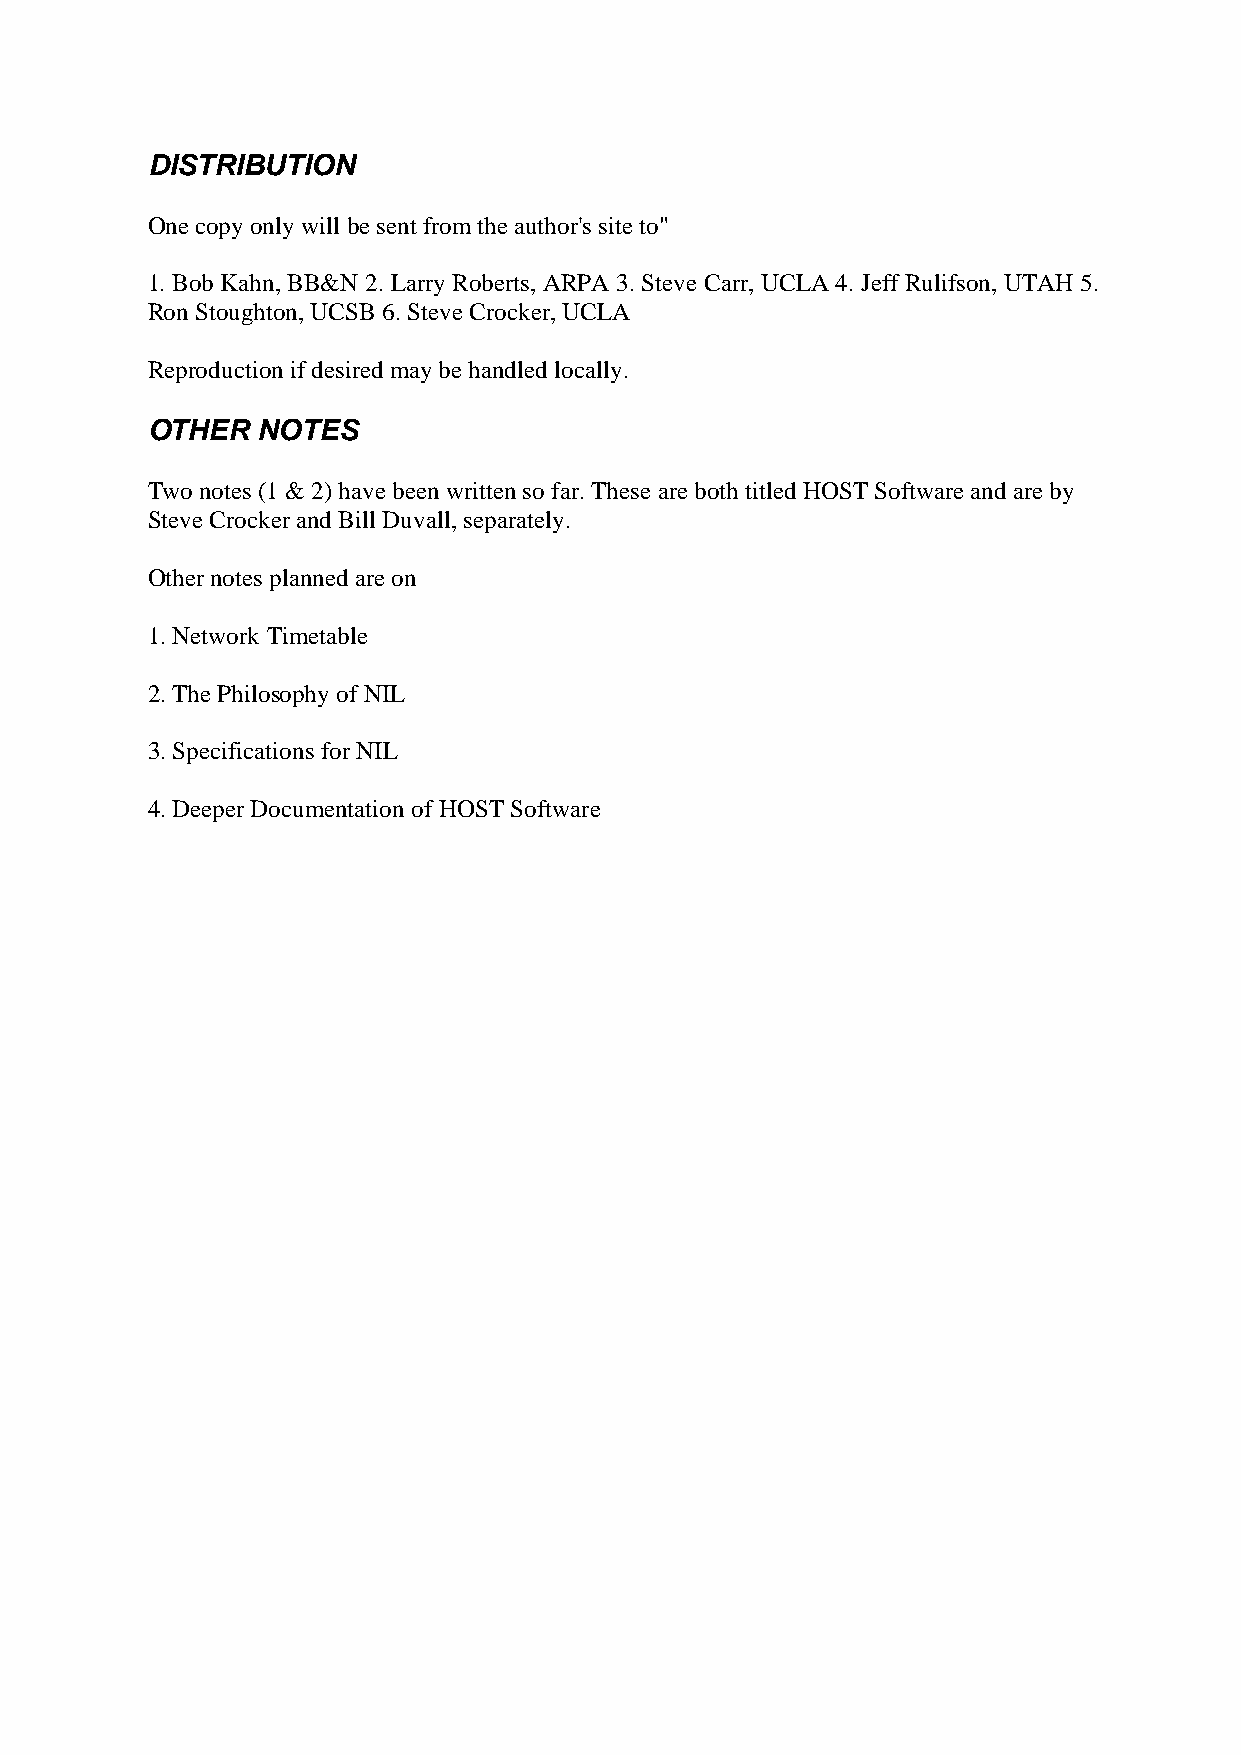
DISTRIBUTION
 One copy only will be sent from the author's site to"
 1. Bob Kahn, BB&N 2. Larry Roberts, ARPA 3. Steve Carr, UCLA 4. Jeff Rulifson, UTAH 5.
 Ron Stoughton, UCSB 6. Steve Crocker, UCLA
 Reproduction if desired may be handled locally.
 OTHER  NOTES
 Two notes (1 & 2) have been written so far. These are both titled HOST Software and are by
 Steve Crocker and Bill Duvall, separately.
 Other notes planned are on
 1. Network Timetable
 2. The Philosophy of NIL
 3. Specifications for NIL
 4. Deeper Documentation of HOST Software